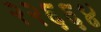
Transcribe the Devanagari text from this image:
२२६६४